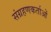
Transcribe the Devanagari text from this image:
संग्रहणकर्ताओं